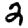
Digit: 2